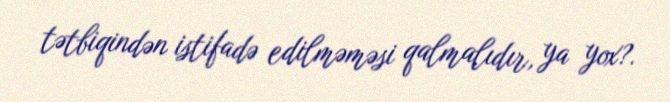
tətbiqindən istifadə edilməməsi qalmalıdır, ya yox?.